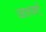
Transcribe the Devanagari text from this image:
जातवर्ग्